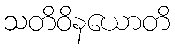
သတိဝိနယောတိ